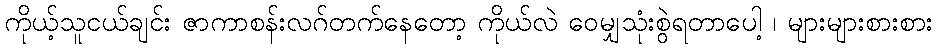
ကိုယ့်သူငယ်ချင်း ဇာကာစန်းလဂ်တက်နေတော့ ကိုယ်လဲ ဝေမျှသုံးစွဲရတာပေါ့ ၊ များများစားစား